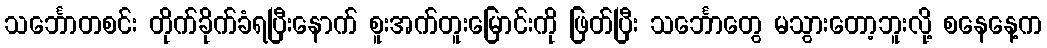
သင်္ဘောတစင်း တိုက်ခိုက်ခံရပြီးနောက် စူးအက်တူးမြောင်းကို ဖြတ်ပြီး သင်္ဘောတွေ မသွားတော့ဘူးလို့ စနေနေ့က